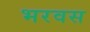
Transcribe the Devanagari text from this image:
भरवस